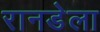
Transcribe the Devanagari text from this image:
रानडेला